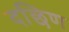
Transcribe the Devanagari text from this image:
दछिण